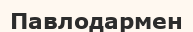
Павлодармен